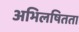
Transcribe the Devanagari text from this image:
अभिलषितता